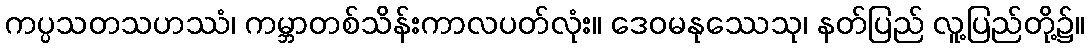
ကပ္ပသတသဟဿံ၊ ကမ္ဘာတစ်သိန်းကာလပတ်လုံး။ ဒေဝမနုဿေသု၊ နတ်ပြည် လူ့ပြည်တို့၌။